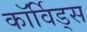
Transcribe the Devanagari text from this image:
कॉर्विड्स